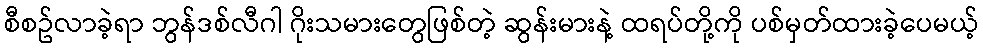
စီစဥ်လာခဲ့ရာ ဘွန်ဒစ်လီဂါ ဂိုးသမားတွေဖြစ်တဲ့ ဆွန်းမားနဲ့ ထရပ်တို့ကို ပစ်မှတ်ထားခဲ့ပေမယ့်